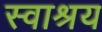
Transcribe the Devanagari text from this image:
स्वाश्रय